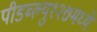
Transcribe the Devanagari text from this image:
पीडब्ल्यु१२७मध्ये